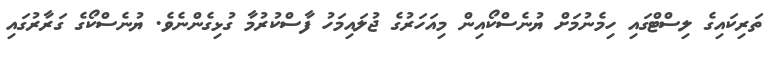
ތަރިކައިގެ ލިސްޓްގައި ހިމެނުމަށް ޔުނެސްކޯއިން މިއަހަރުގެ ޖުލައިމަހު ފާސްކުރުމާ ގުޅިގެންނެވެ. ޔުނެސްކޯގެ ގަރާރުގައި